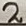
Text: 2